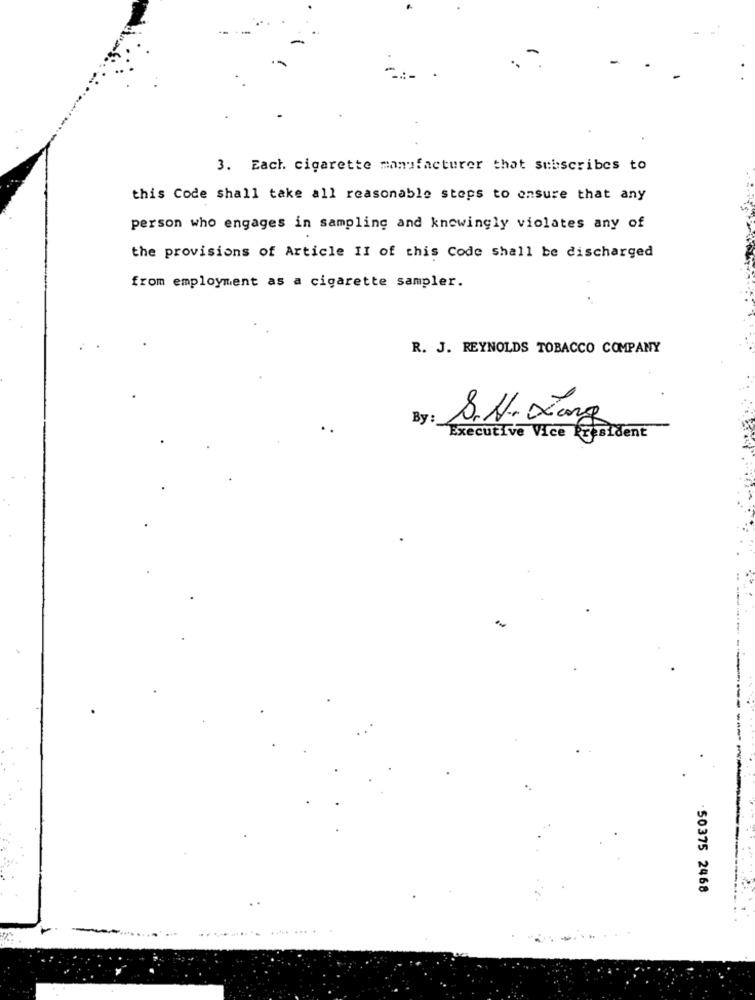
3. Each. cigarette manufacturer that subscribes to
this Code shall take all reasonable steps to ensure that any
person who engages in sampling and knowingly violates any of
the provisions of Article II of this Code shall be discharged
from employment as a cigarette sampler.
R. J. REYNOLDS TOBACCO COMPANY
By :
S.H. Xing
Executive Vice President
50375 2468